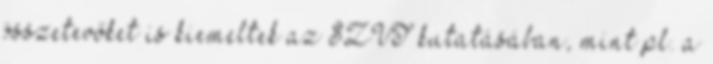
összetevőket is kiemeltek az SZVT kutatásában, mint pl. a